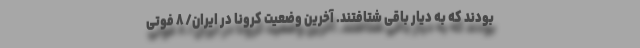
بودند که به دیار باقی شتافتند. آخرین وضعیت کرونا در ایران/ ۸ فوتی